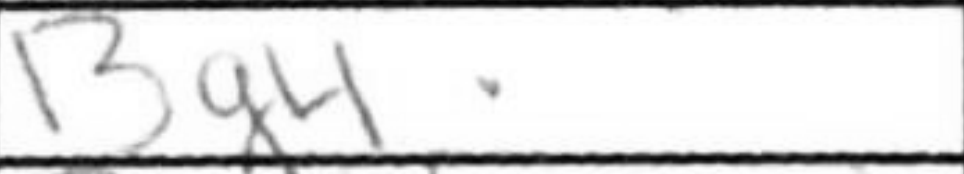
Transcription: Bg4